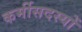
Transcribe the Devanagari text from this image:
कर्मीसदस्यों